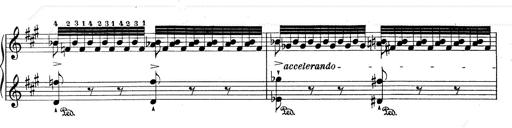
Title: RÃ©miniscences de Don Juan
Composer: Franz Liszt